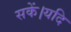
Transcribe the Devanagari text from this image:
सकें।यदि